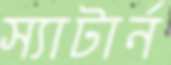
স্যাটার্ন